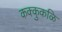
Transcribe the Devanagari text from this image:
कक्कुकळि